Vital statistics of India. Vol. IV, Annual returns from 1871 to 1876. British Army of India, Native Army and jails of Bengal
Year: 1871
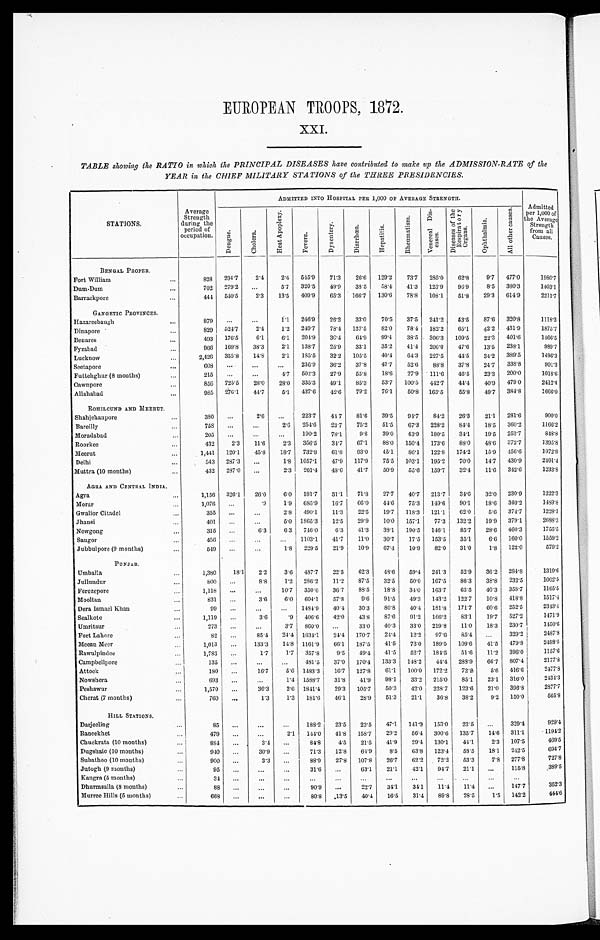
EUROPEAN TROOPS, 1872.
XXI.
TABLE showing the RATIO in which the PRINCIPAL DISEASES have contributed to make up the ADMISSION.RATE of the
YEAR in the CHIEF MILITARY STATIONS of the THREE PRESIDENCIES.
STATIONS.
Average
St rengt h duri ng t he
period of
occupation.
ADMITTED INTO HOSPITAL PER 1,000 OF AVERAGE STRENGTH.
Admitted
p e r 1 , 0 0 0 o f t h e
Average
Strength
from all
Causes.
D e n g u e .
Chol era.
Heat Apopl exy.
Fever s.
Dysent er y.
D i a r r h œ a .
Hepat i t i s.
R h e u m a t i s m .
Ve n e r a l Di s e a s e s .
D i s e a s e s o f t h e R e s p i r a t o r y O r g a n s .
Opht hal mi a.
All other causes.
BENGAL P R O P E R .
Fort William...
8 2 8
294.7
2.4
2.4
545.9
71.3
26.6
129.2
73.7
235.0
62.8
9.7
477.0
1980.7
Dum.Dum...
702
279.2
...
5.7
320.5
49.9
38.5
58.4
41.3
123.9
96.9
8.5
380.3
1403.1
Barrackpore
444
540.5
2.3
13.5
409.9
65.3 166.7
130.6
78.8
108.1
51.8
29.3
614.9
2211.7
GANGETIC PROVINCES.
Hazareebaugh...
879
...
...
1.1
246.9
26.2
33.0
70.5
37.5
241..2
53.5
87.6
320.8
1118.3
Dinapore.
...
829
524.7
2.4
1.2
249.7
78.4
137.5
82.0
78.4
182.2
65.1
42.2
431.9
1875.7
Benares...
493
176.5
6.1
6.1
204.9
30.4
64..9
99.4
38.5
306.3
109.5
22.3
401.6
1466.5
Fyzabad
9 6 6 169.8
38.3
2.1
138.7
25.9
33.1
35.2
41.4
206.0
47.6
13.5
238.1
989.7
Lucknow
2,426
355.8
14.8
2.1
185.5
32.2
105.5
40.4
64. 3
227.5
44.5
34.2
389.5
1496.3
Seetapore
...
608
...
...
...
236.9
36.2
37.8
47.7
52.6
88.8
37.8
24.7
338.8
901.3
Futtehghur (8 months)
215
...
...
4.7
502.3
27.9
55.8
18.6
27.9
111.6
46.5
23.3
200.0
1018.6
Cawnpore
856
725.5
28.0
28.0 335.3
49.1
85.3
53.7
100.5
442.7
44.4
40.9
479.0
2412.4
Allahabad...
985
276.1
44.7
5.1
437.6
42.6
79.2
76.1
50.8
163.5
55.8
49.7
384.8
1666.0
ROHILCUND AND MEERUT.
Shahjehanpore...
3 8 0
...
2.6
...
223.7
447
81.6
39.5
94.7
84.2
26.3
21.1
281.6
900.0
Bareilly
758
...
...
2.6
254.6
23.7
75.2
51.5
67.3
228.2
84.4
18.5
360.2
1166.2
Moradabad
205
...
...
...
190.2
78.1
9.8
39.0
43.9
180.5
34.1
19.5
253.7
848.8
Roorkee...
4 3 2
2.3
11.6
2.3
356.5
34.7
67.1
88.0 150.4
173.6
88.0
48.6
372.7
1395.8
Meeru
1 , 4 4 1 120.1
45.8
18.7 732.8
61.8
93.0
45.1
86.1
122.8 174..2
15.9
456.6
1972.9
Delhi...
5 4 3 287.3
...
1.8 1057.1
47.9
117.9
75.5
103.1
195.2
70.0
14.7
430.9
2401.4
Muttra (10 months)...
4 3 2 287.0
. . .
2.3 201.4
48.6
41.7
50.9
55.6
159.7
32.4
11.6
342.6
1233.8
AGRA AND CENTRAL INDIA.
Agra...
1 , 1 5 6 326.1
26.0
6.0
181.7
31.1
71.8
27.7
40.7
213.7
34.6
32.0
230.9
1222.3
Morar
1,076
...
. 9 1.9
685.9
16.7 66.0
44.6
75.3
149.6
90.1
18.6
340.2
1489.8
Gwalior Citade
355
...
...
2.8
490.1
11.3
22.5
19.7
118.3
121.1
62.0
5.6
374.7
1228.1
Jhansi...
4 0 1 ...
. . .
5.0 1865.3
12.5
29.9
10.0 157.1
77.3
132.2
19.9
379.1
2688.3
Nowgong...
3 1 5 ...
6.3
6.3
746.0
6.3
41.3
38.1
190.5
146.1
85.7
28.6
460.3
1755.5
Saugor
456
...
...
...
1103.1
41.7
11.0
30.7
17.5
153.5
35.1
6.6
160.0
1559.2
Jubbulpore (9 months)
549
...
...
1 . 8 229.5
21.9
10.9
67.4
10.9
82.0
31.0
1.8
122.0
579.2
PUNJAB.
Umballa...
1,380
18.1
2.2
3.6
487.7
22.5
62.3
48.6
59.4
241.3
52.9
36.2
284.8
1319.6
Jullundur...
800
...
8.8
1.2
286.2
11.2
87.5
32.5
50.0
167.5
86.3
38.8
232.5
1002.5
Ferozepore
1,118
...
...
10.7
350.6
36.7
88.5
18.8
34.0
163.7
63.5
40.3
358.7
1165.5
Mooltan...
8 3 1 ...
3.6
6.0
604.1
57.8
9.6
91.5
49.3
143.2
122.7
10.8
418.8
1517.4
Dera Ismael Khan...
99
. . . ...
...
1484.9
40.4
30.3
80.8
40.4
181.8
171.7
60.6
252.5
2343.4
Sealkote
...
1,119
...
3.6
.9
406.6
42.0
43.8
87.6
91.2
166.2
83.1
19.7
527.2
1471.9
Umritsur
273
. . .
...
3.7
860.0
...
3 3 3 . 0
40.3
33.0
219.8
11.0
18.3
230.7
1450.6
Fort Lahore...
82
...
85.4
24.4 1634.1
24.4 170.7
24.4
12.2
97.6
85.4
...
329.2
2 4 8 7 . 8
Mean Meer
1,013
...
133.3
14.8 1161.9
66.1
187.5
41.5
73.0
189.5
109.6
41.5
4 7 9 . 8
2498.5
Rawulpindee...
1,783
...
1.7
1.7
357.8
9.5
49.4
41.5
52.7
184.5
51.6
11.2
396.0
1157.6
Campbellpore...
135
...
...
...
481.5
37.0
170.4
133.3
148.2
44.4
288.9
66.7
807.4
2177.8
Attoek..
1 8 0 ...
16.7
5.6 1483.3
16.7
127.8
61.1
100.0
172.2
72.2
5.6
416.6
2.477.8
Nowshera...
693
...
...
1.4 1588.7
31.8
41.9
98.1
33.2
215.0
8 5 . 1
23.1
316.0
2434.3
Peshawur
1,570
...
36.3
2.6 1841.4
29.3
105.7
50.3
42.0
228.7
123.6
21.0
396.8
2877.7
Cherat (7 months)
760
...
1.3
1.3
181.6
46.1
28.9
51.3
21.1
36.8
38.2
9.2
150.0
565.8
HILL STATIONS.
Darjeeling...
8 5
. . .
...
. . . 188.2
23.5
23.5
47.1
141.2
153.0
23.5
...
329.4
929.4
Raneekhet
...
479
...
...
2.1
144.0
41.8 158.7
29.2
56.4
300.6
135.7
14.6
311.1
1194.2
Chuckrata (10 months)..
8 8 4 ...
3.4
...
84.8
4.5
21.5
41.9
29.4
130.1
44.1
2.3
107.5
469.5
Dugshaie (10 months)...
9 4 0 ...
30.9
...
71.3
12.8
64.9
8.5
63.8
123.4
58.5
18.1
242.5
694.7
Subathoo (10 months)
900
...
3.3
...
88.9
27.8 107.8
26.7
62.2
72.2
53.3
7.8
277.8
727.8
Jutogh (9 months)
95
...
...
. . .
31.6
...
63.1
21.1
42.1
94.7
21.1
...
115.8
.389.5
Kangra (5 months)
...
34
...
...
. . .
. . .
...
. . . ...
. . .
. . .
...
. . .
. . .
Dhurmsalla. (8 months)
88
..,
...
...
90.9
...
22.7
34.1
34.1
11.4
11.4
...
147.7
352.3
Murree Hills (5 months)
668
..
. . . ...
80.8
13.5
40.4
16.5
31.4
89.8
28.5
1.5
142.2
444.6